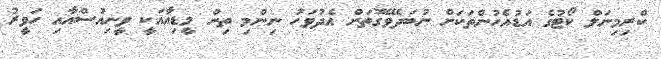
ކްރިމިނަލް ކޯޓުގެ އަޑުއެހުންތަކަށް ނުބަދެވޭގޮތަށް އެދުވަހު ނިންމި ތިން މީޑިއާއަކީ ވީނިއުސްއާއި ހަވީރު